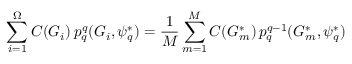
\sum _ { i = 1 } ^ { \Omega } C ( G _ { i } ) \, p _ { q } ^ { q } ( G _ { i } , \psi _ { q } ^ { * } ) = \frac { 1 } { M } \sum _ { m = 1 } ^ { M } C ( G _ { m } ^ { * } ) \, p _ { q } ^ { q - 1 } ( G _ { m } ^ { * } , \psi _ { q } ^ { * } )